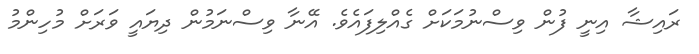
ރައިޝާ އިނީ ފުން ވިސްނުމަކަށް ގެއްލިފައެވެ. އޭނާ ވިސްނަމުން ދިޔައީ ވަރަށް މުހިންމު